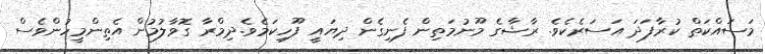
މަސައްކަތް ކުރާފަދަ އަސަރެކެވެ. ރާާޝާގެ މޫނުމަތިން ފެނިގެން ދިޔައީ ފޫހިކަމެވެ.ދިމްރާ ގޮވާލުމުން އެތިންމީހުންވެސް